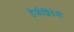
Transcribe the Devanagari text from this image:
डेफीशियेंसी